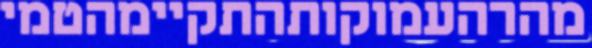
מהרהעמוקותהתקיימהטמי